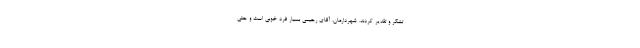
تشکر و تقدیر کردند. شهردارمان، آقای رحیمی بسیار فرد خوبی است و حتی